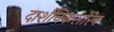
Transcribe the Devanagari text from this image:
दार्शनिकसोरेन